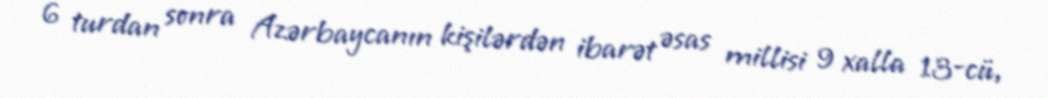
6 turdan sonra Azərbaycanın kişilərdən ibarət əsas millisi 9 xalla 13-cü,